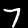
Digit: 7